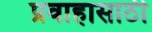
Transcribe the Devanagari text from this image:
प्रवाहासाठी